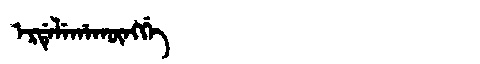
Manchu: ᡝᡵᡩᡝᠯᡝᡥᠠᡴᡡᠩᡤᡝ
Romanization: ERDELEHAKŪNGGE